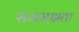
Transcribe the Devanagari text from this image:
सममझता